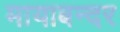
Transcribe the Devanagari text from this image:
मायाबन्दर